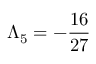
\Lambda _ { 5 } = - \frac { 1 6 } { 2 7 }